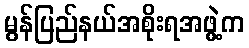
မွန်ပြည်နယ်အစိုးရအဖွဲ့က